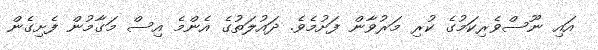
އައި ނޫސްވެރިކަމުގެ ކުރި މަރުވާން ފަށުމެވެ. ދައުލަތުގެ އެންމެ އިސް މަގާމުން ފެށިގެން